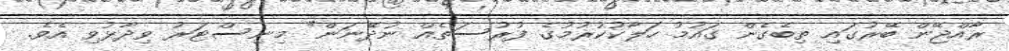
ރާއްޖޭން ބޭރުގައި ތިބެގެން ގައުމު ހަލާކުކުރުމުގެ ފުރުސަތެއް ނުދޭނަން" މިނިސްޓަރު ވިދާޅުވި އެވެ.